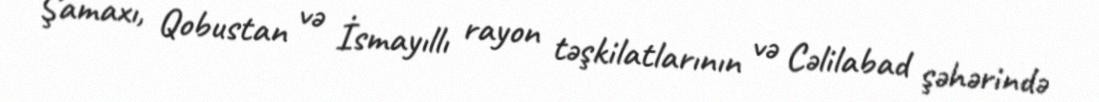
Şamaxı, Qobustan və İsmayıllı rayon təşkilatlarının və Cəlilabad şəhərində